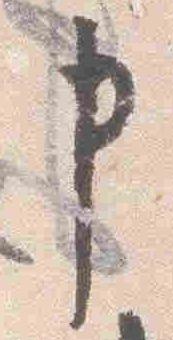
申